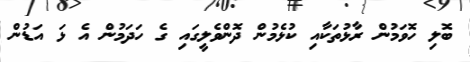
ބޮލި ހޮވަމުން ރާޅުތަކާއި ކުޅެމުން ދޮންވެލީގައި ގެ ހަދަމުން އެ ޅަ އަޑުން